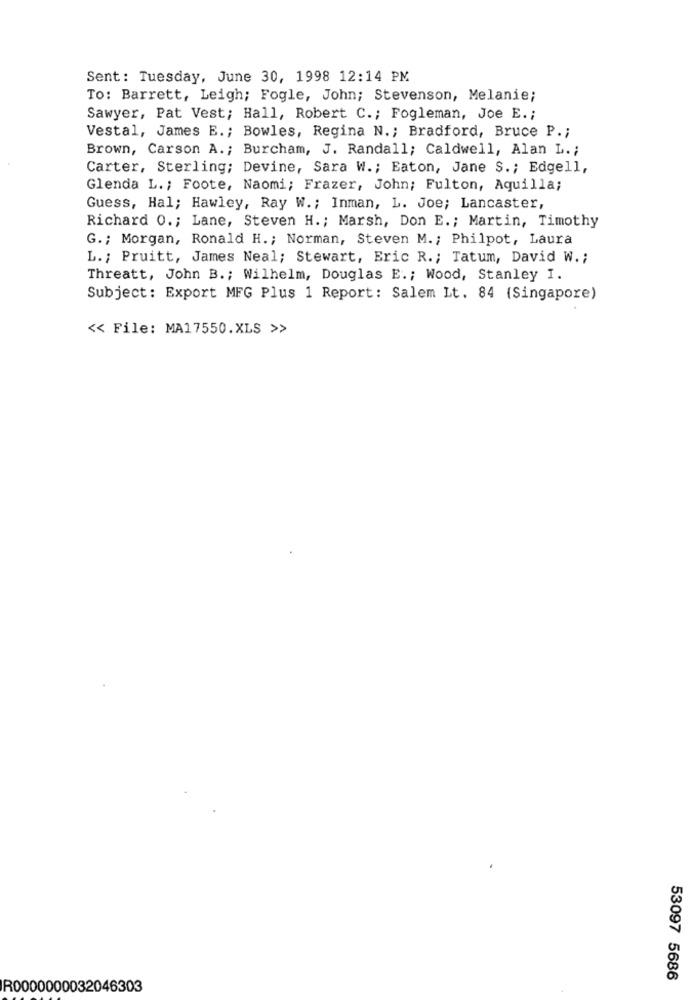
Sent: Tuesday, June 30, 1998 12:14 PM
To: Barrett, Leigh; Fogle, John; Stevenson, Melanie;
Sawyer, Pat Vest; Hall, Robert C .; Fogleman, Joe E .;
Vestal, James E .; Bowles, Regina N .; Bradford, Bruce P .;
Brown, Carson A .; Burcham, J. Randall; Caldwell, Alan L .;
Carter, Sterling; Devine, Sara W .; Eaton, Jane S .; Edgell,
Glenda L .; Foote, Naomi; Frazer, John; Fulton, Aquilla;
Guess, Hal; Hawley, Ray W .; Inman, L. Joe; Lancaster,
Richard 0 .; Lane, Steven H .; Marsh, Don E .; Martin, Timothy
G .; Morgan, Ronald H .; Norman, Steven M .; Philpot, Laura
L. ; Pruitt, James Neal; Stewart, Eric R .; Tatum, David W .;
Threatt, John B. ; Wilhelm, Douglas E. ; Wood, Stanley I.
Subject: Export MFG Plus 1 Report: Salem Lt. 84 (Singapore)
<< File: MA17550.XLS >>
53097 5686
R0000000032046303